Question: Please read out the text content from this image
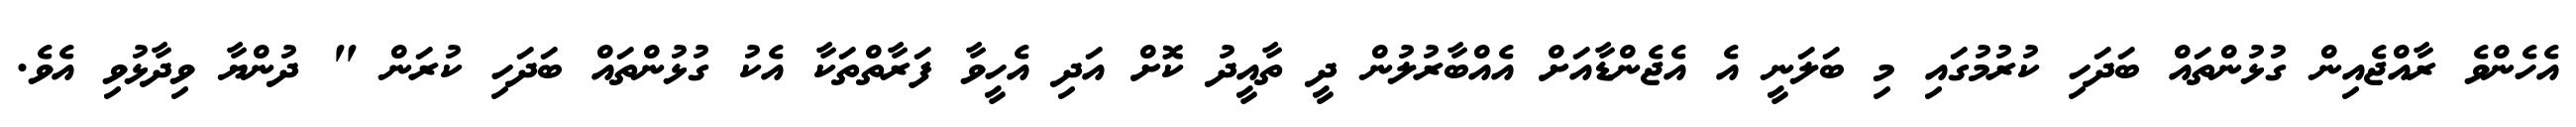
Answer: އެހެންވެ ރާއްޖެއިން ގުޅުންތައް ބަދަހި ކުރުމުގައި މި ބަލަނީ އެ އެޖެންޑާއަށް އެއްބާރުލުން ދީ ތާއީދު ކޮށް އަދި އެހީވާ ފަރާތްތަކާ އެކު ގުޅުންތައް ބަދަހި ކުރަން " ދުންޔާ ވިދާޅުވި އެވެ.